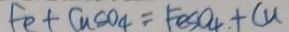
F e + C u C o _ { 4 } = F e S O _ { 4 } + C u